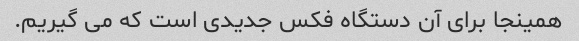
همینجا برای آن دستگاه فکس جدیدی است که می گیریم.